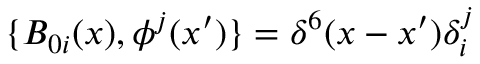
\{ B _ { 0 i } ( x ) , \phi ^ { j } ( x ^ { \prime } ) \} = \delta ^ { 6 } ( x - x ^ { \prime } ) \delta _ { i } ^ { j }